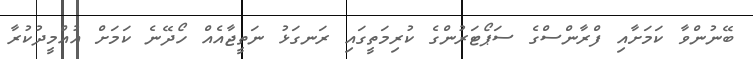
ބޭނުންވާ ކަމަށާއި ފްރާންސްގެ ސަޕޯޓަރުންގެ ކުރިމަތީގައި ރަނގަޅު ނަތީޖާއެއް ހޯދޭނެ ކަމަށް އުއްމީދުކުރާ